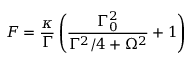
F = \frac { \kappa } { \Gamma } \left( \frac { \Gamma _ { 0 } ^ { 2 } } { \Gamma ^ { 2 } / 4 + \Omega ^ { 2 } } + 1 \right)